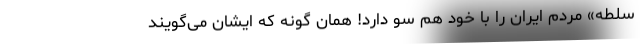
سلطه» مردم ایران را با خود هم سو دارد! همان گونه که ایشان می‌گویند